Mental hospitals Bombay report 1929-33 - 1929-1933
Year: 1929
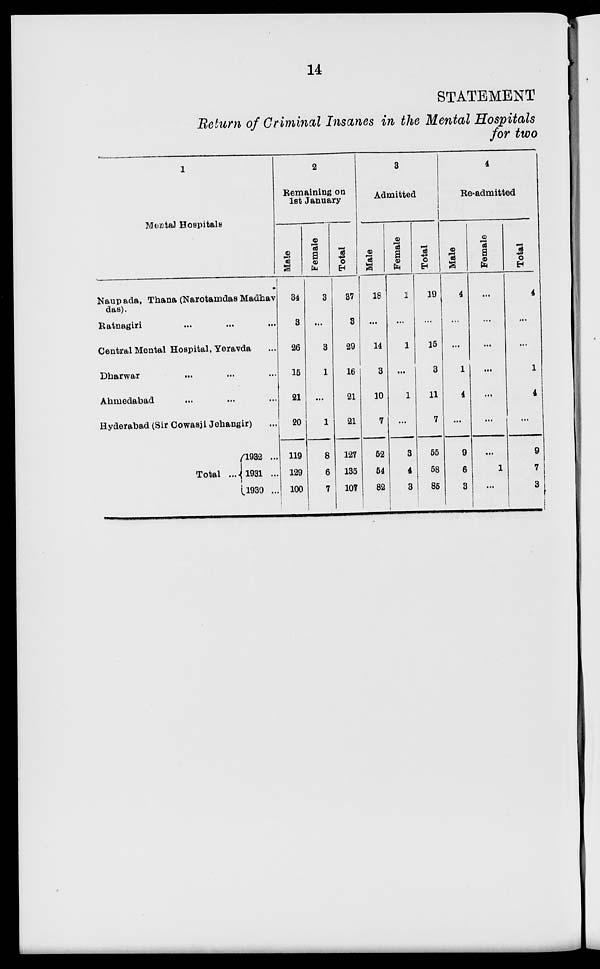
14
STATEMENT
Return of Criminal Insanes in the Mental Hospitals
for two
1
Mental Hospitals
Naupada, Thana (Narotamdas Madhav
das).
Ratnagiri ... ... ...
Central Mental Hospital, Yeravda ...
Dharwar
...
...
...
Ahmedabad ... ... ...
Hyderabad (Sir Cowasji Jehangir) ...
Total ...
1932 ...
1931 ...
1930 ...
2
Remaining on
1st January
Male
34
3
26
15
21
20
119
129
100
Female
3
...
3
1
...
1
8
6
7
Total
37
3
29
16
21
21
127
135
107
3
Admitted
Male
18
...
14
3
10
7
52
54
82
Female
1
...
1
...
1
...
3
4
3
Total
19
...
15
3
11
7
55
58
85
4
Re-admitted
Male
4
...
...
1
4
...
9
6
3
Female
...
...
...
...
...
...
...
1
...
Total
4
...
...
1
4
...
9
7
3